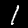
Label: 1